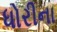
ધોરીના